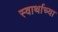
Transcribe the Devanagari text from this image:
स्वार्थाच्या